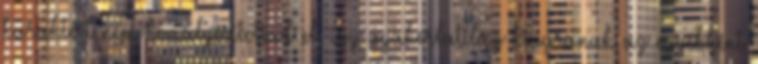
karaktert nem homályosítottad el, így gyakorlatilag kiugranak az egyébként